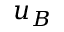
u _ { B }